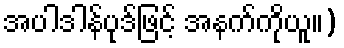
အပါဒါန်ပုဒ်ဖြင့် အနက်ကိုယူ။)